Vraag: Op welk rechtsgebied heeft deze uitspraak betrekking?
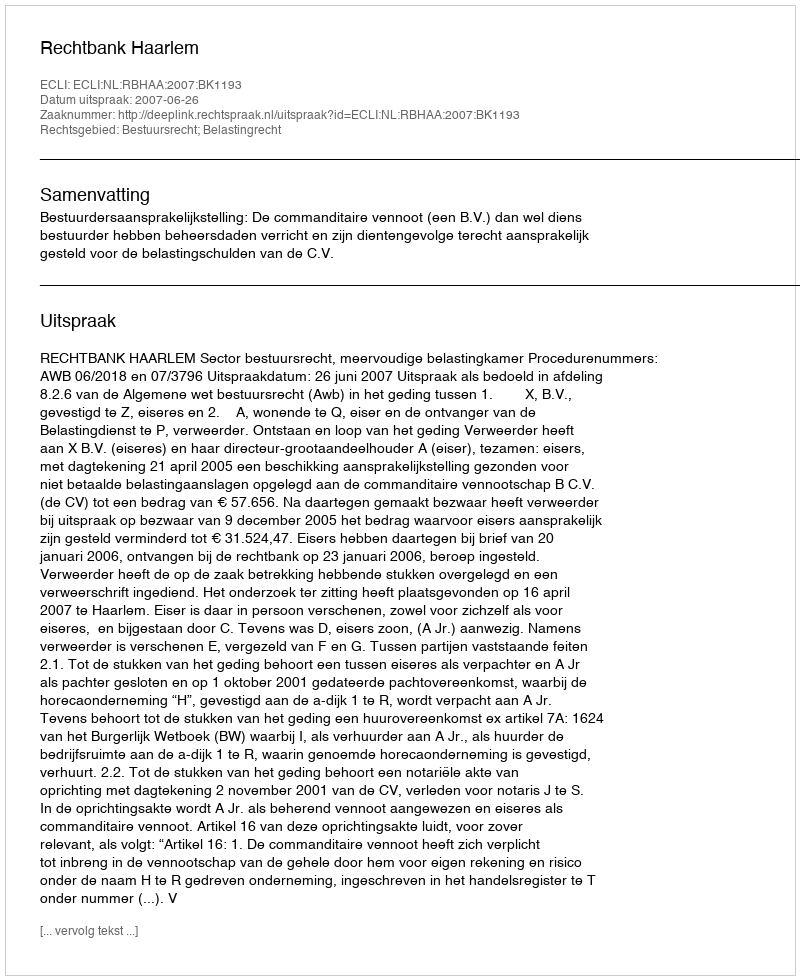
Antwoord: Bestuursrecht; Belastingrecht